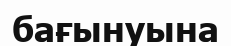
бағынуына